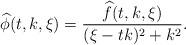
LaTeX: \begin{align*}\widehat{\phi}(t,k,\xi)=\frac{\widehat{f}(t,k,\xi)}{(\xi-tk)^2+k^2}.\end{align*}